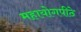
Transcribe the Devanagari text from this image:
महायोगपीठे